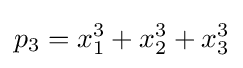
p_{3}=x_{1}^{3}+x_{2}^{3}+x_{3}^{3}